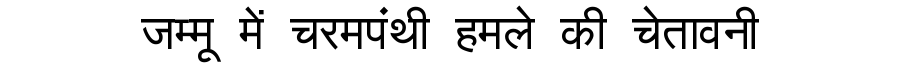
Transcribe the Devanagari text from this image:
जम्मू में चरमपंथी हमले की चेतावनी